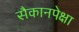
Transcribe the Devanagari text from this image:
सैकानपेक्षा